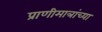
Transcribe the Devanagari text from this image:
प्राणीमात्रांच्या